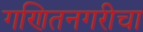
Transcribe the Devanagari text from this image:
गणितनगरीचा